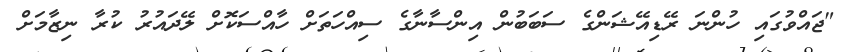
"ޖައްވުގައި ހުންނަ ރޭޑިއޭޝަންގެ ސަބަބުން އިންސާނާގެ ސިއްހަތަށް ހާއްސަކޮށް ލޭދައުރު ކުރާ ނިޒާމަށް